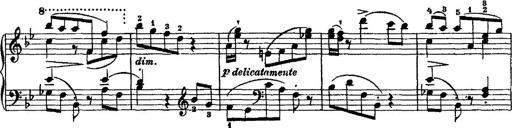
Title: Grande valse di bravura
Composer: Franz Liszt